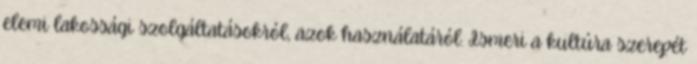
elemi lakossági szolgáltatásokról, azok használatáról. Ismeri a kultúra szerepét